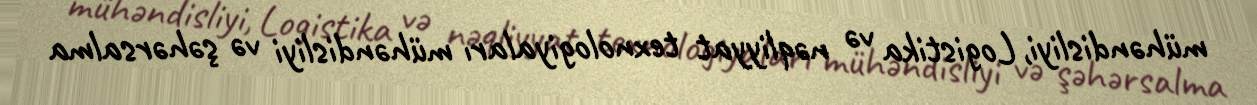
mühəndisliyi, Logistika və nəqliyyat texnologiyaları mühəndisliyi və şəhərsalma